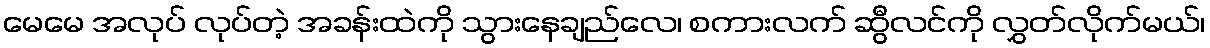
မေမေ အလုပ် လုပ်တဲ့ အခန်းထဲကို သွားနေချည်လေ၊ စကားလက် ဆွီလင်ကို လွှတ်လိုက်မယ်၊